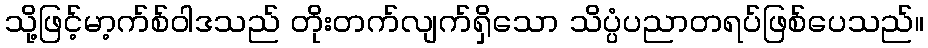
သို့ဖြင့်မာ့က်စ်ဝါဒသည် တိုးတက်လျက်ရှိသော သိပ္ပံပညာတရပ်ဖြစ်ပေသည်။